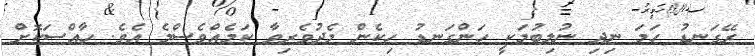
ރޭގަނޑު ހަމަ ނިދި ނުލިބުމަކީ ހަންގަނޑު ހިކެން މެދުވެރިވާ ކަމެއްވެސްމެ އެވެ. ހާއްސަކޮށް